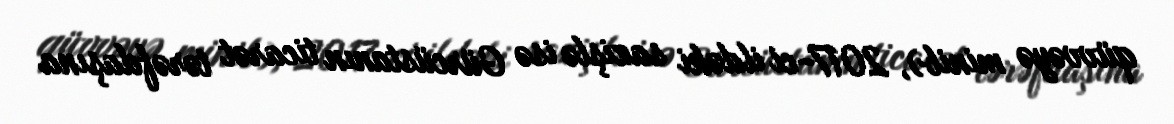
qüvvəyə minib), 2017-ci ildəki sazişlə isə Gürcüstanın ticarət tərəfdaşına